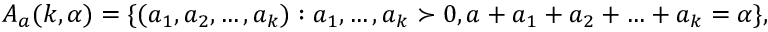
A _ { a } ( k , \alpha ) = \{ ( a _ { 1 } , a _ { 2 } , \ldots , a _ { k } ) : a _ { 1 } , \ldots , a _ { k } \succ 0 , a + a _ { 1 } + a _ { 2 } + \ldots + a _ { k } = \alpha \} ,